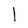
Character: l